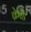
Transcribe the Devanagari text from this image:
क्रेरँड